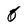
Character: 0